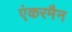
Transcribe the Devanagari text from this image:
एंकरमैन